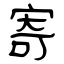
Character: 寄